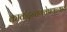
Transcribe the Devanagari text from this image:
काकदन्तगवेषणन्याय